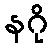
နဂို